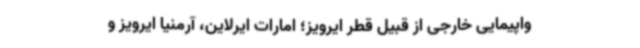
واپیمایی خارجی از قبیل قطر ایرویز؛ امارات ایرلاین، آرمنیا ایرویز و